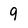
Character: 9